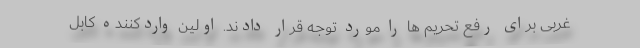
غربی برای رفع تحریم ها را مورد توجه قرار دادند. اولین واردکننده کابل